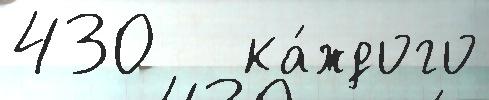
430   ка́ждого